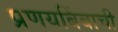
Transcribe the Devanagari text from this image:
प्रणयबिंबाची